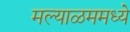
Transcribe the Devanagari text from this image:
मल्याळममध्ये